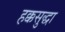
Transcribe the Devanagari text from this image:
हक्कसुद्धा